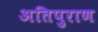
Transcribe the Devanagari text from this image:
अतिपुराण